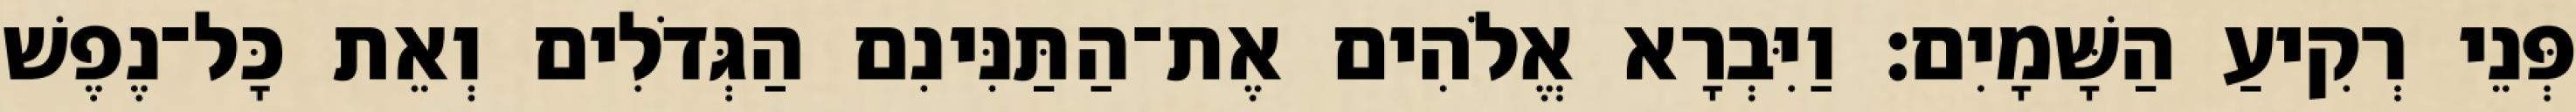
פְּנֵי רְקִיעַ הַשָּׁמָיִם׃ וַיִּבְרָא אֱלֹהִים אֶת־הַתַּנִּינִם הַגְּדֹלִים וְאֵת כָּל־נֶפֶשׁ